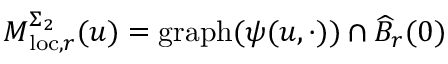
M _ { \mathrm { l o c } , r } ^ { \Sigma _ { 2 } } ( u ) = \mathrm { g r a p h } ( { \psi } ( u , \cdot ) ) \cap \widehat { B } _ { r } ( 0 )